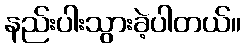
နည်းပါးသွားခဲ့ပါတယ်။